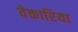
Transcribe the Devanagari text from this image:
वेकारिया